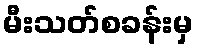
မီးသတ်စခန်းမှ